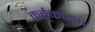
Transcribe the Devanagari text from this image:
कर्तृकारण